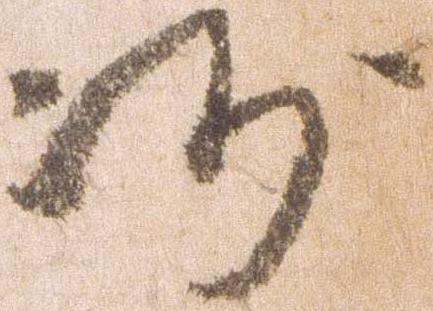
沙